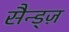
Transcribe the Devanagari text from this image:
सैन्ड्ज़